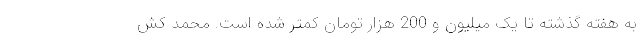
به هفته گذشته تا یک میلیون و 200 هزار تومان کمتر شده است. محمد کش